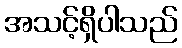
အသင့်ရှိပါသည်